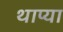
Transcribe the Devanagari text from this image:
थाप्या